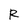
Character: R